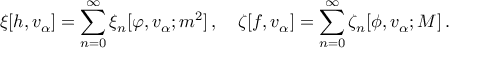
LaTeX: \xi [ h , v _ { \alpha } ] = \sum _ { n = 0 } ^ { \infty } \xi _ { n } [ \varphi , v _ { \alpha } ; m ^ { 2 } ] \, , \quad \zeta [ f , v _ { \alpha } ] = \sum _ { n = 0 } ^ { \infty } \zeta _ { n } [ \phi , v _ { \alpha } ; M ] \, .